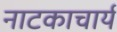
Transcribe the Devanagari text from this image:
नाटकाचार्य